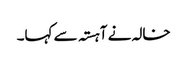
خالہ نے آہستہ سے کہا۔